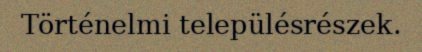
Történelmi településrészek.